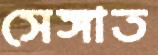
সেঙ্গাত